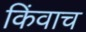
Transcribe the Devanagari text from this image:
किंवाच